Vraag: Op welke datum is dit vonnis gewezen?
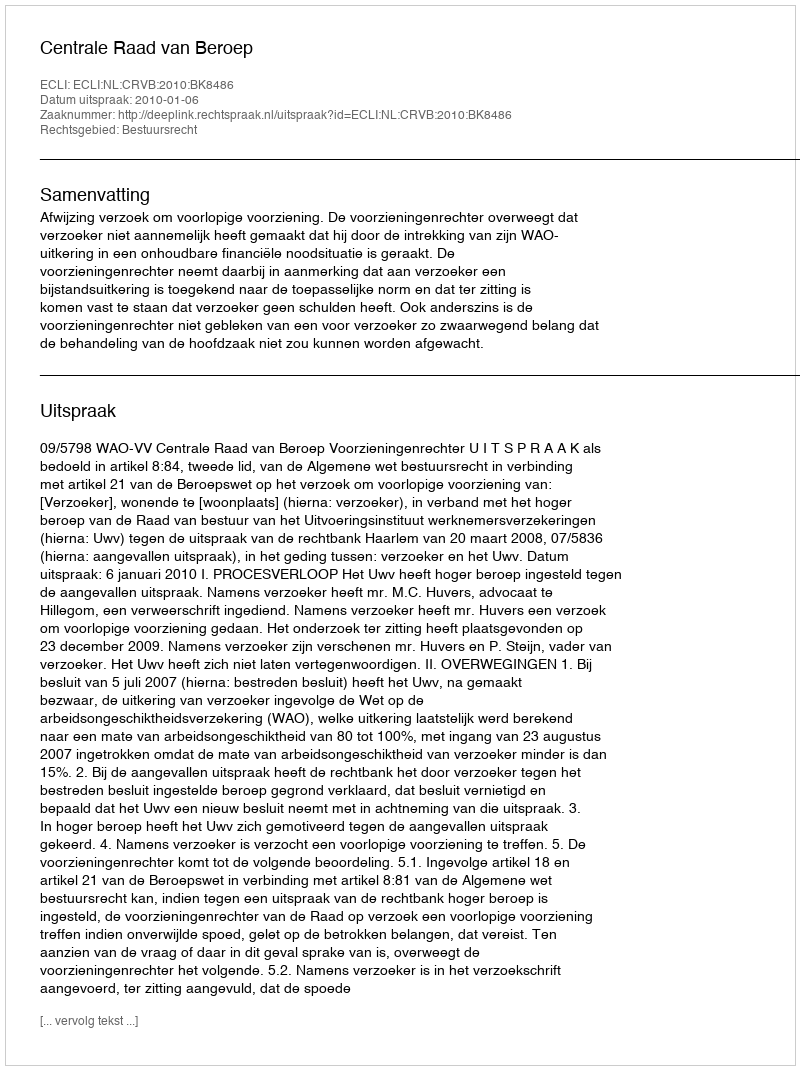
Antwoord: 2010-01-06